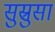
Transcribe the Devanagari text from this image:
सुस्रुसा